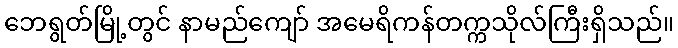
ဘေရွတ်မြို့တွင် နာမည်ကျော် အမေရိကန်တက္ကသိုလ်ကြီးရှိသည်။